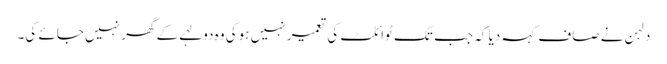
دلہن نے صاف کہہ دیا کہ جب تک ٹوائلٹ کی تعمیر نہیں ہوگی وہ دولہے کے گھر نہیں جائے گی۔